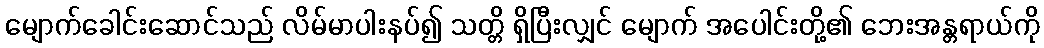
မျောက်ခေါင်းဆောင်သည် လိမ်မာပါးနပ်၍ သတ္တိ ရှိပြီးလျှင် မျောက် အပေါင်းတို့၏ ဘေးအန္တရာယ်ကို